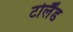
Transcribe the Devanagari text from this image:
टोलैंड